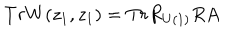
T r W ( z _ { 1 } , z _ { 1 } ) = T r R _ { U ( 1 ) } R A